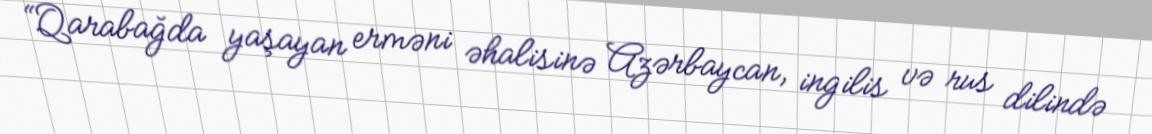
“Qarabağda yaşayan erməni əhalisinə Azərbaycan, ingilis və rus dilində